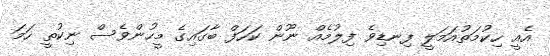
އެއީ ހިކުމަތުއަމަލީ ފިނޑިވެ ފިލުމެއް ނޫން ކަހަފް ބާގައިގެ މީހުންވެސް ނިކުތީ ހަމަ